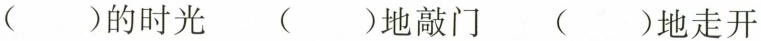
()的时光 ()地敲门 ()地走开